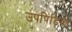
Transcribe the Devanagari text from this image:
उपपिंडिका